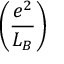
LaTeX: \left( { \frac { e ^ { 2 } } { L _ { B } } } \right)